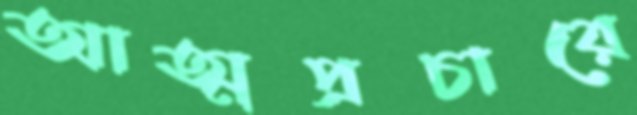
আত্মপ্রচারে